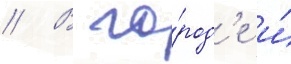
// В го́род'е и́